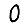
Digit: 0